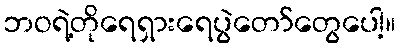
ဘဝရဲ့တိုရေရှားရေပွဲတော်တွေပေါ့။